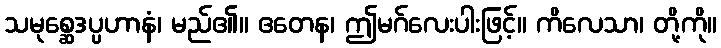
သမုစ္ဆေဒပ္ပဟာနံ၊ မည်၏။ ဧတေန၊ ဤမဂ်လေးပါးဖြင့်။ ကိလေသာ၊ တို့ကို။